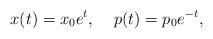
LaTeX: \begin{align*}x(t)=x_{0}e^{t}, \;\;\;\; p(t)=p_{0}e^{-t}, \end{align*}